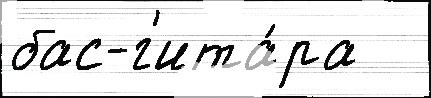
бас-г'ита́ра